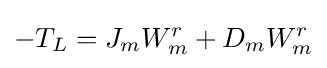
-T_{L}=J_{m}W_{m}^{r}+D_{m}W_{m}^{r}